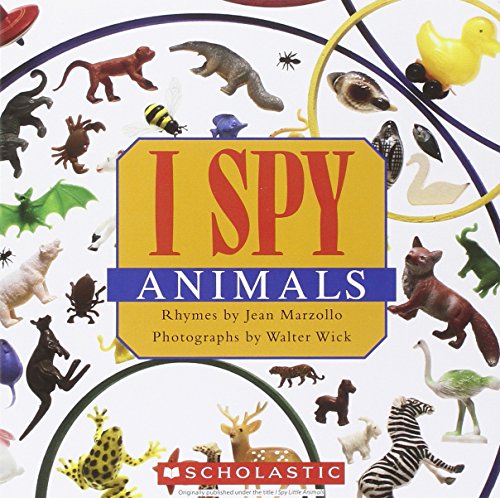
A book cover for I Spy Animals; Jean Marzollo; Children's Books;